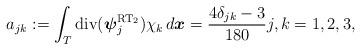
LaTeX: \begin{align*} a_{jk} := \int_{T} \mathrm{div}({\boldsymbol\psi}^{\mathrm{RT}_2}_{j}) \chi_k \, d{\boldsymbol x} = \frac{4\delta_{jk}-3}{180} j,k = 1,2,3, \end{align*}